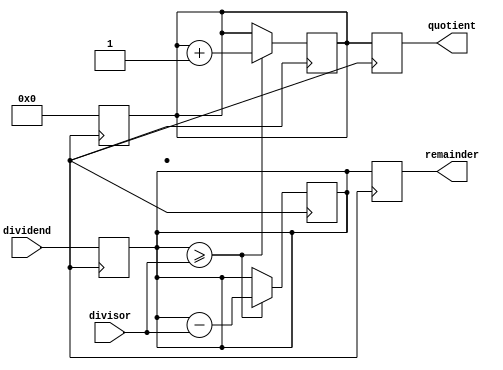
module non_restoring_divider (
    input wire [7:0] dividend,
    input wire [7:0] divisor,
    output reg [7:0] quotient,
    output reg [7:0] remainder
);

reg [7:0] temp_dividend;
reg [7:0] temp_remainder;
reg [7:0] temp_quotient;

always @ (posedge clk) begin
    temp_dividend <= dividend;
    temp_remainder <= dividend;
    temp_quotient <= 8'b0;
end

always @ (posedge clk) begin
    if (temp_remainder >= divisor) begin
        temp_remainder <= temp_remainder - divisor;
        temp_quotient <= temp_quotient + 1;
    end else begin
        temp_remainder <= temp_remainder;
        temp_quotient <= temp_quotient;
    end
end

always @ (posedge clk) begin
    quotient <= temp_quotient;
    remainder <= temp_remainder;
end

endmodule